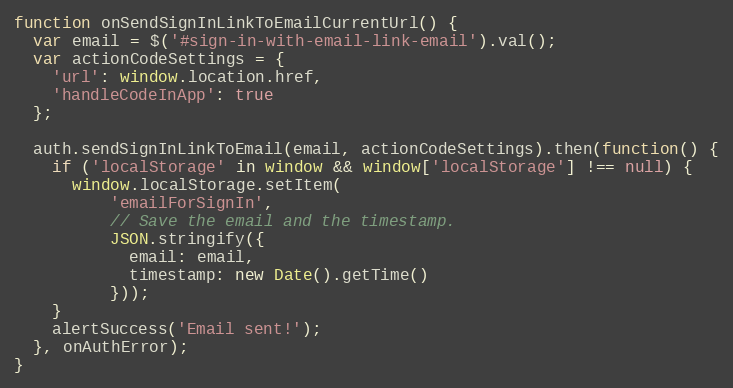
Language: JavaScript
function onSendSignInLinkToEmailCurrentUrl() {
  var email = $('#sign-in-with-email-link-email').val();
  var actionCodeSettings = {
    'url': window.location.href,
    'handleCodeInApp': true
  };

  auth.sendSignInLinkToEmail(email, actionCodeSettings).then(function() {
    if ('localStorage' in window && window['localStorage'] !== null) {
      window.localStorage.setItem(
          'emailForSignIn',
          // Save the email and the timestamp.
          JSON.stringify({
            email: email,
            timestamp: new Date().getTime()
          }));
    }
    alertSuccess('Email sent!');
  }, onAuthError);
}